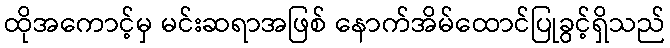
ထိုအကောင့်မှ မင်းဆရာအဖြစ် နောက်အိမ်ထောင်ပြုခွင့်ရှိသည်